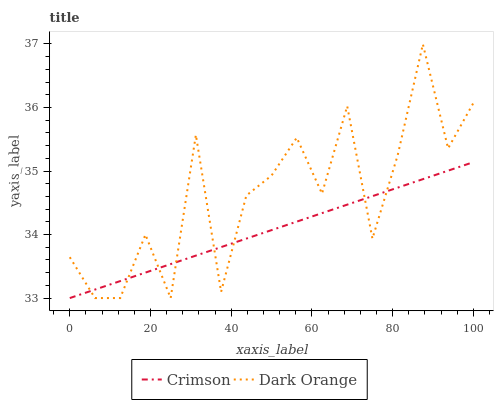
| xaxis_label | Crimson | Dark Orange |
 | --- | --- | --- |
 | 0 | 33 | 33.6 |
 | 6.25 | 33.1 | 33 |
 | 12.5 | 33.3 | 33 |
 | 18.8 | 33.4 | 34 |
 | 25 | 33.5 | 33 |
 | 31.2 | 33.7 | 35.6 |
 | 37.5 | 33.8 | 33.1 |
 | 43.8 | 33.9 | 34.6 |
 | 50 | 34.1 | 34.9 |
 | 56.2 | 34.2 | 35.5 |
 | 62.5 | 34.3 | 34.6 |
 | 68.8 | 34.5 | 36 |
 | 75 | 34.6 | 33.9 |
 | 81.2 | 34.7 | 35.2 |
 | 87.5 | 34.9 | 37 |
 | 93.8 | 35 | 35.4 |
 | 100 | 35.1 | 36.1 |